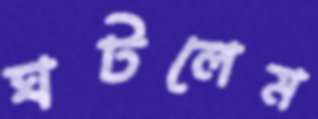
ঘটলেম